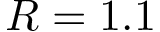
R = 1 . 1